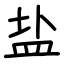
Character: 盐